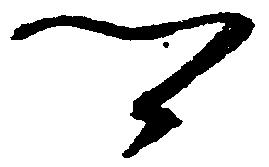
郷